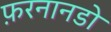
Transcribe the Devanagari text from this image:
फ़रनानडो